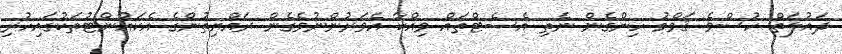
ދައުލަތް ހުސްވެ ޤަވްމު ހިންގެން ނެތި އެސެޓްތައް ވިއްކާ އެވަރުންނުވެގެން ރައްޔިތުންގެ އެކައުންޓުތަކުގައިހުރި